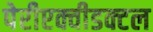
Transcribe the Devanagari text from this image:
पेरीएक्वीडक्टल